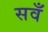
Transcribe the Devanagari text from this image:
सवँ